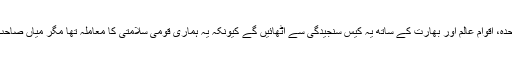
قوم کو امید تھی کہ میاں صاحب اقوام متحدہ، اقوام عالم اور بھارت کے ساتھ یہ کیس سنجیدگی سے اٹھائیں گے کیونکہ یہ ہماری قومی سلامتی کا معاملہ تھا مگر میاں صاحب نے کلبھوشن کا نام لینا تک گوارنہ کیا۔